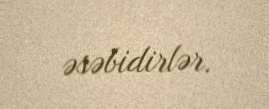
əsəbidirlər.